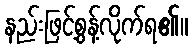
နည်းဖြင့်စွန့်လိုက်ရ၏။